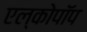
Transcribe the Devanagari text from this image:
एल्कोपॉप